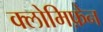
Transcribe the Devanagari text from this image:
क्लोमिफ़ेन